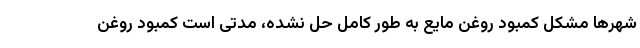
شهرها مشکل کمبود روغن مایع به طور کامل حل نشده، مدتی است کمبود روغن